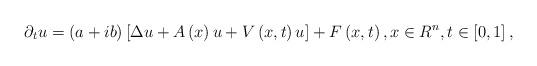
LaTeX: \begin{align*}\partial _{t}u=\left( a+ib\right) \left[ \Delta u+A\left( x\right) u+V\left(x,t\right) u\right] +F\left( x,t\right) ,x\in R^{n},t\in \left[ 0,1\right] , \end{align*}